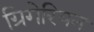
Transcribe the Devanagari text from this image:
ग्रिगेरियन